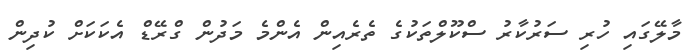
މާލޭގައި ހުރި ސަރުކާރު ސްކޫލްތަކުގެ ތެރެއިން އެންމެ މަދުން ގްރޭޑް އެކަކަށް ކުދިން